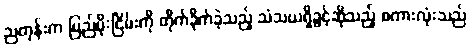
ညတုန်းက ပြည်မိုးငြိမ်းကို တိုက်ခိုက်ခဲ့သည့် သံသယရှိခွင့်ဆိုသည့် စကားလုံးသည်